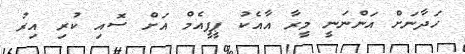
ހަދާނަށް އަންނަނީ މީރާ އާއެކު ޕީޕީއެމް އަށް ސޮއި ކުރި އިރު